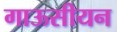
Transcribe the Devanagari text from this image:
गाऊसीयन